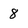
Character: 8